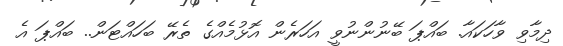
ދިމާވި ވާހަކައާ. ބައްޕަ ބޭނުންނުވީ އަހަރެން އޮޅުމެއްގެ ތެރޭ ބަހައްޓަން.. ބައްޕަ އެ